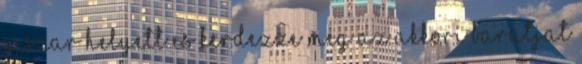
a szar helyett es kerdezze meg az akkori baratjat